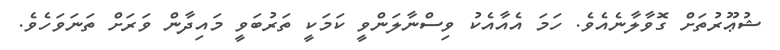
ޝުޢޫރުތަށް ގޮވާލާނެއެވެ. ހަމަ އެއާއެކު ވިސްނާލަންވީ ކަމަކީ ތަރުބަވީ މައިދާން ވަރަށް ތަނަވަހެވެ.